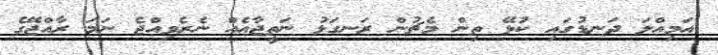
އަމިއްލަ ދަނޑުގައި ކުޅޭ ތިން މެޗުން ރަނގަޅު ނަތީޖާއެއް ނެރެވިއްޖެ ނަމަ ރާއްޖޭގެ